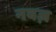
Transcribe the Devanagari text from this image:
नवज़